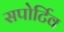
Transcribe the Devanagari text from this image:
सपोर्टिव